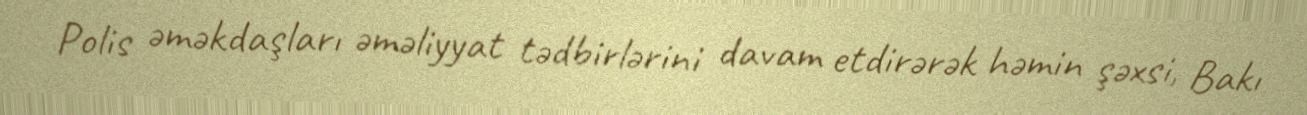
Polis əməkdaşları əməliyyat tədbirlərini davam etdirərək həmin şəxsi, Bakı